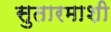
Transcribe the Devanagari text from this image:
सुतारमाशी